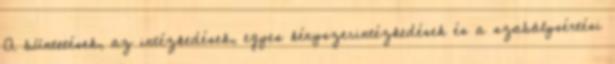
A büntetések, az intézkedések, egyes kényszerintézkedések és a szabálysértési